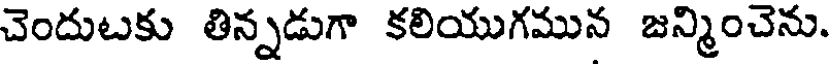
చెందుటకు తిన్నడుగా కలియుగమున జన్మించెను.